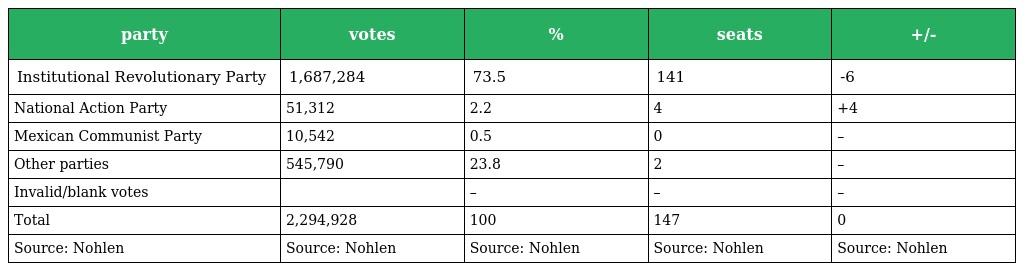
| party | votes | % | seats | +/- |
 | --- | --- | --- | --- | --- |
 | Institutional Revolutionary Party | 1,687,284 | 73.5 | 141 | -6 |
 | National Action Party | 51,312 | 2.2 | 4 | +4 |
 | Mexican Communist Party | 10,542 | 0.5 | 0 | – |
 | Other parties | 545,790 | 23.8 | 2 | – |
 | Invalid/blank votes |  | – | – | – |
 | Total | 2,294,928 | 100 | 147 | 0 |
 | Source: Nohlen | Source: Nohlen | Source: Nohlen | Source: Nohlen | Source: Nohlen |